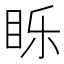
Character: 䀥